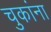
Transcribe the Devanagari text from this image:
चुकांना